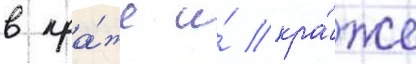
в кра́же и́ кра́же